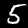
Digit: 5